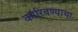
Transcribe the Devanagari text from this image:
कारिवण्याचा